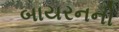
બાયરનની